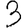
Digit: 3